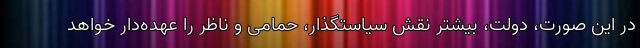
در این صورت، دولت، بیشتر نقش سیاستگذار، حمامی و ناظر را عهده‌دار خواهد